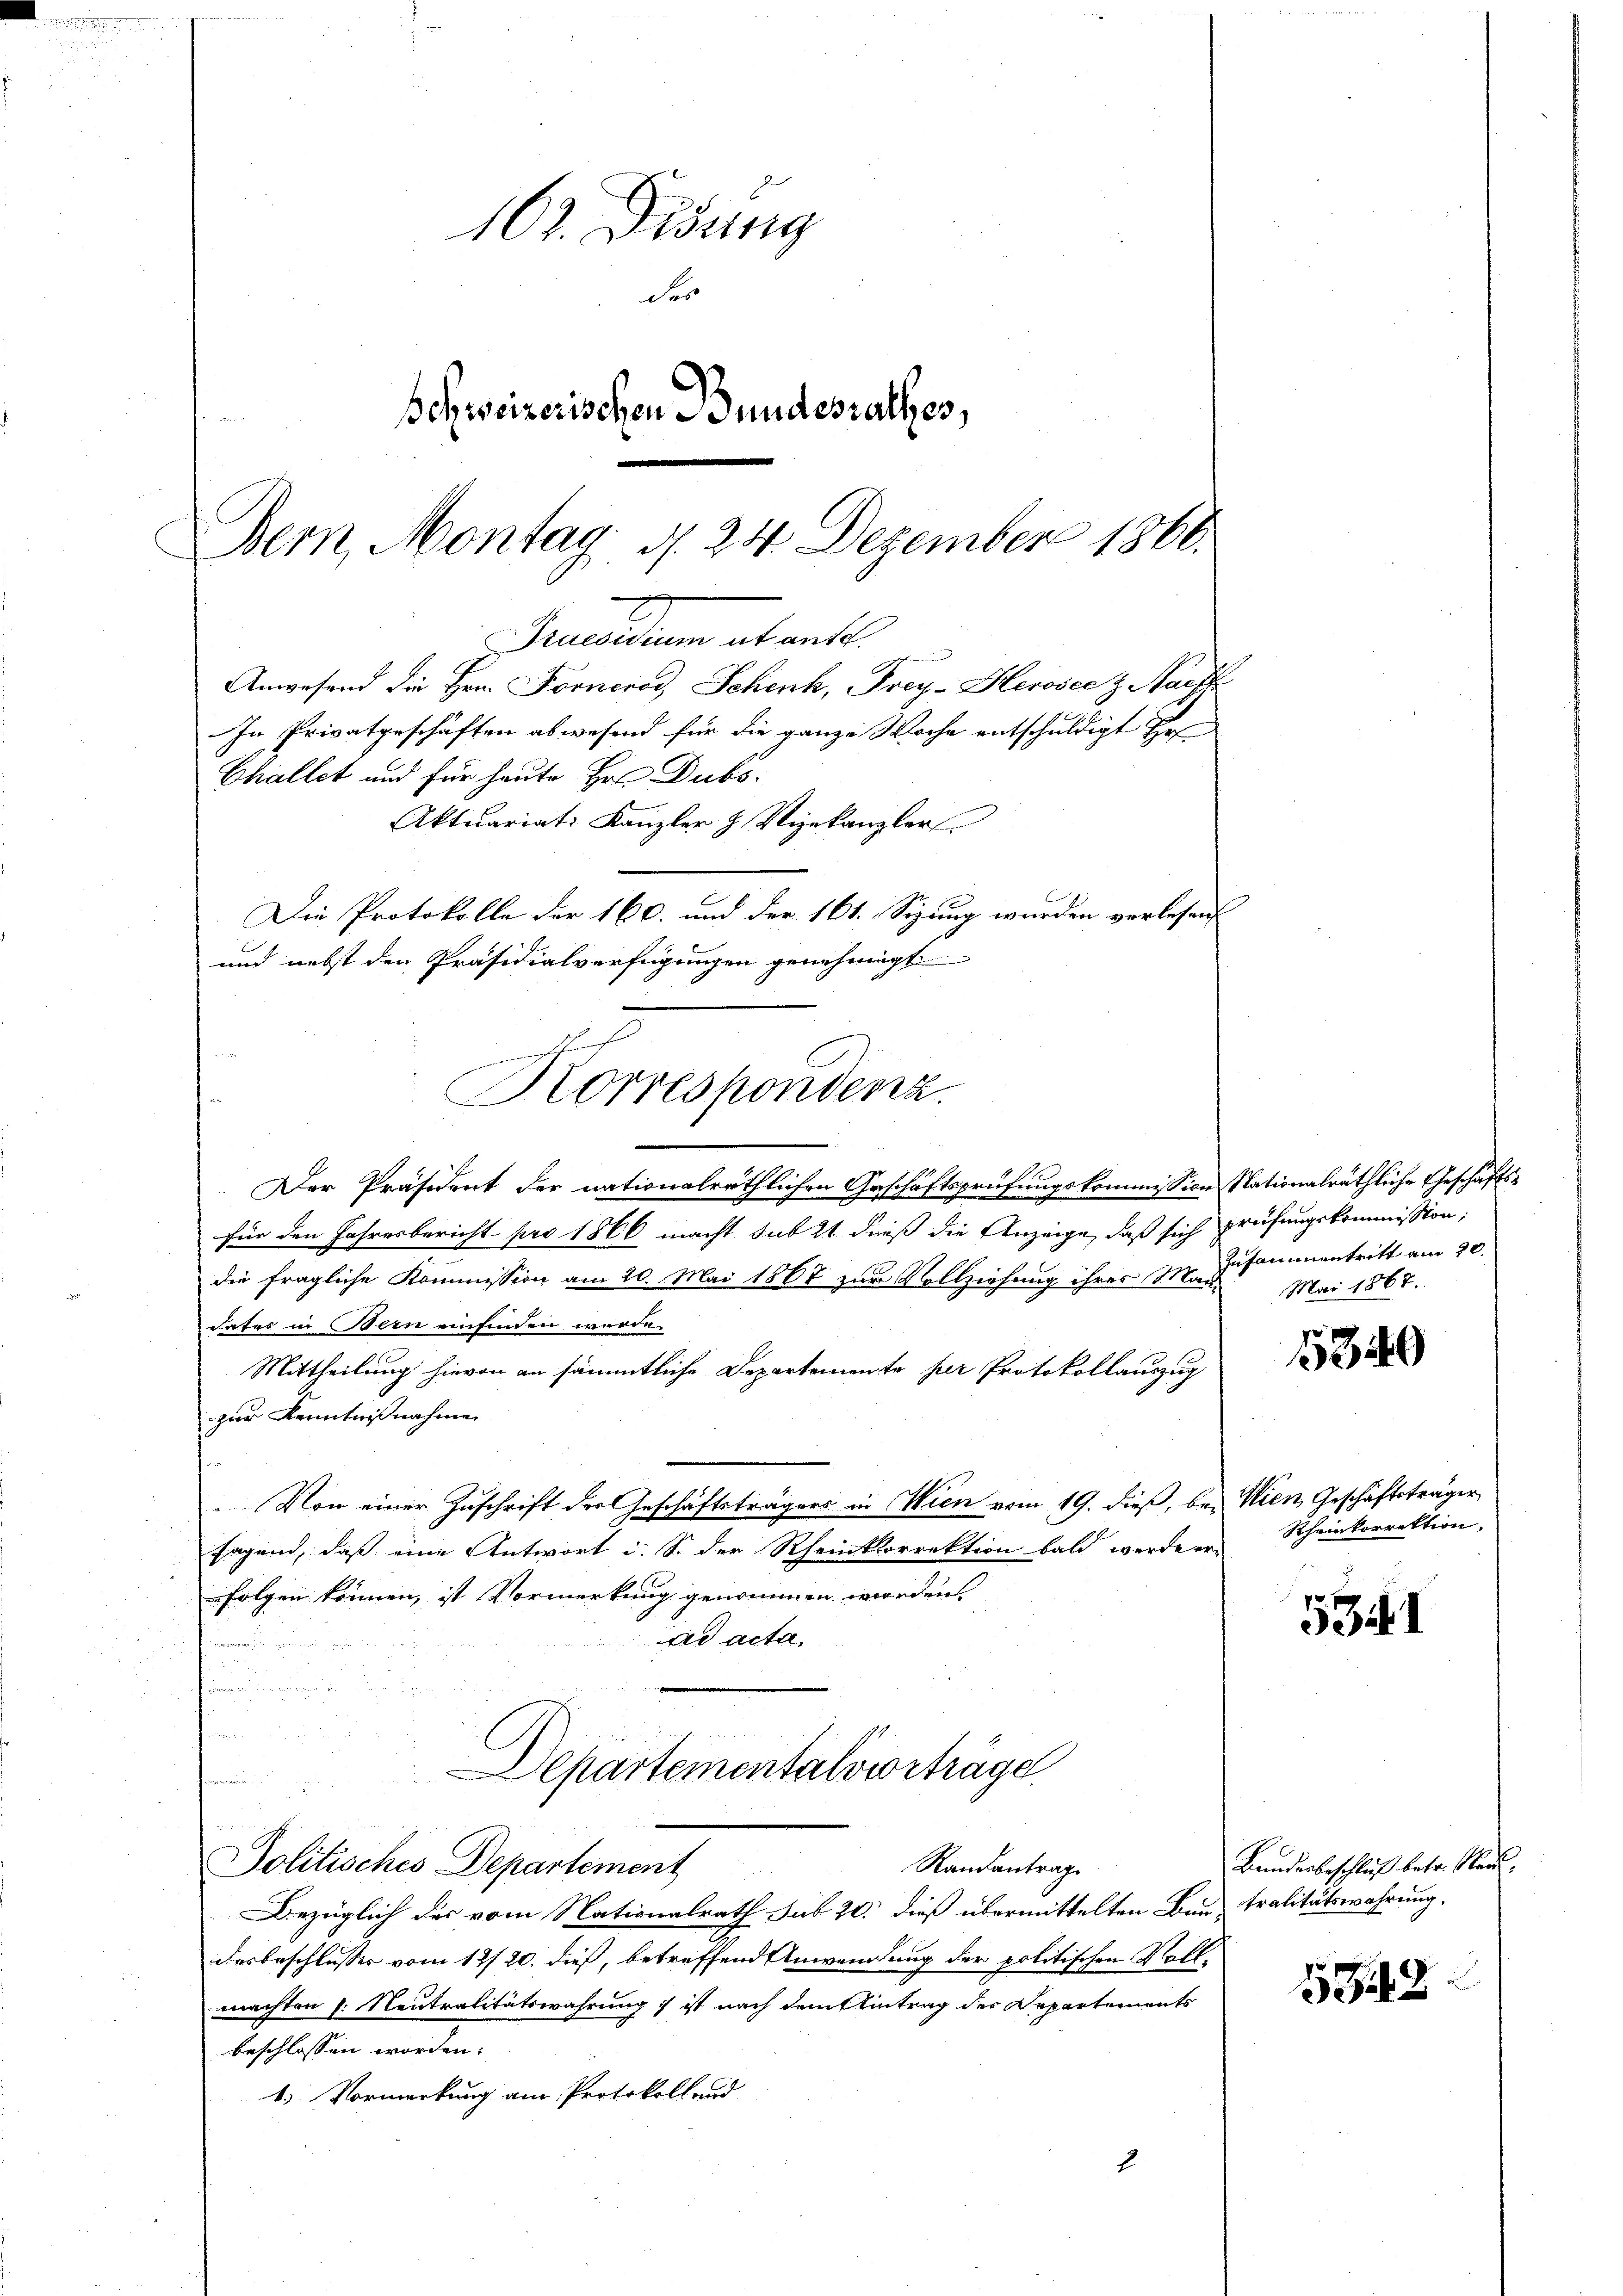
Praesidium ab mitt
e
Anwesend die Hrn. Forncrod, Schenk, Frey-Herosee z. Nacht
In Privatgeschäften abwesend für die ganze Woche entschuldigt er¬
Aktuariat: Kanzler & Vizekanzler
Die Protokolle der 160. und der 161. Sizung wurden verlesen
und nebst den Präsidialverfügungen genehmigt
chsuch
Horrespondenz.

Challet und für heute Hrn. Dubo.

Der Präsident der nationalräthlichen Geschäftsprüfungskommission Nationalräthliche Geschäftsfür den Jahresbericht pro 1866 macht sub 21 dieß die Anzeige, daß sich prüfungskommission,
die fragliche Kommission am 20. Mai 1867 zur Vollziehung ihres M. Zusammentritt am 30.
dates in Bern einfinden wurde.
Mittheilung hievon an sämmtliche Departemente per Protokollauszug
zur Kenntnißnahme
Von einer Zuschrift der Geschäftsträgers in Wien vom 19. dieß, bei Wien, Geschäftsträger
sagend, daß eine Antwort i. S. der Rheinkorrektion bald werde er-
folgen können, ist Vormerkung genommen werden
ad acta

t
i
Departementalverträge
Politisches Departement
Randantrag
Bezüglich des vom Nationalrath sub 20. dieß übermittelten Beantralitätswahrung.
desbeschlusses vom 12/20. dieß, betreffend Anwendung der politischen Vollmachten (: Neutralitätswahrung ist nach demeintrag der Departements
beschlossen worden:
1. Vormerkung am Protokoll und

162. Disung
des
schweizerischen Bundesrathes,
Bern, Montag, d. 24. Dezember 1866.

Mai 1867.

5349

Rheinkorrektion

e
53if. 1

Bandesbeschluß betr. Rau,

538